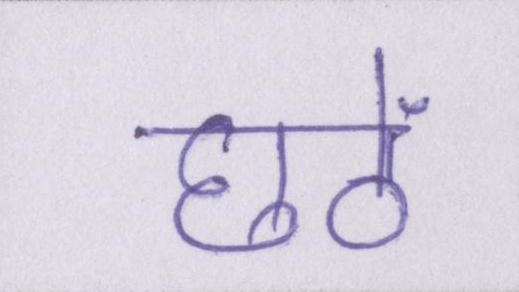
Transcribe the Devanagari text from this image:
छठें